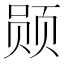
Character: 𫖲